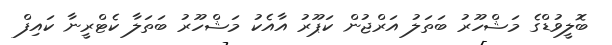
ބޮލީވުޑްގެ މަޝްހޫރު ބަތަލު އަރްޖުން ކަޕޫރު އާއެކު މަޝްހޫރު ބަތަލާ ކެޓްރީނާ ކައިފް